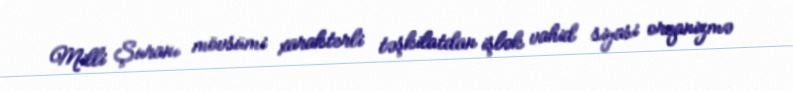
Milli Şuranı mövsümi xarakterli təşkilatdan işlək vahid siyasi orqanizmə